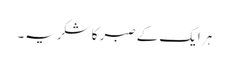
ہر ایک کے صبر کا شکریہ۔